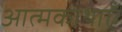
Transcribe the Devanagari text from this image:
आत्मकाथाएँ